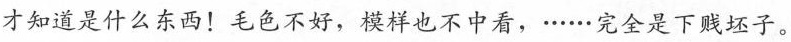
才知道是什么东西!毛色不好，模样也不中看，·····完全是下贱坯子·。